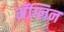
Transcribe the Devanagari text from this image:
मॅग्लिन